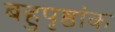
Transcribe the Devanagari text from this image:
बहुपृष्ठांक